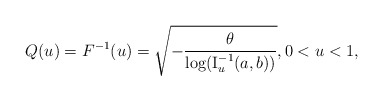
\begin{align*}Q(u) = F^{-1}(u)=\sqrt{-\frac{\theta}{\log (\operatorname{I}^{-1}_{u}(a,b))}},0<u<1,\end{align*}